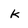
Character: k